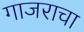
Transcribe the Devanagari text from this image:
गाजराचा